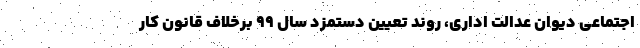
اجتماعی دیوان عدالت اداری، روند تعیین دستمزد سال ۹۹ برخلاف قانون کار